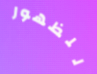
للظهور